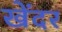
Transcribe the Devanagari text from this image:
खेंदर